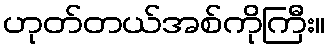
ဟုတ်တယ်အစ်ကိုကြီး။